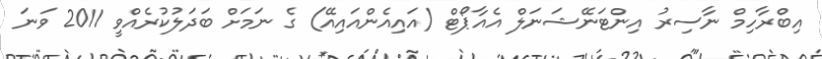
އިބްރާހިމް ނާސިރު އިންޓަނޭޝަނަލް އެއާޕޯޓް (އައިއެންއައިއޭ) ގެ ނަމަށް ބަދަލުކުރެއްވީ 2011 ވަނަ